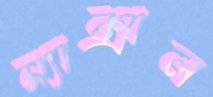
ম্যাক্সাল